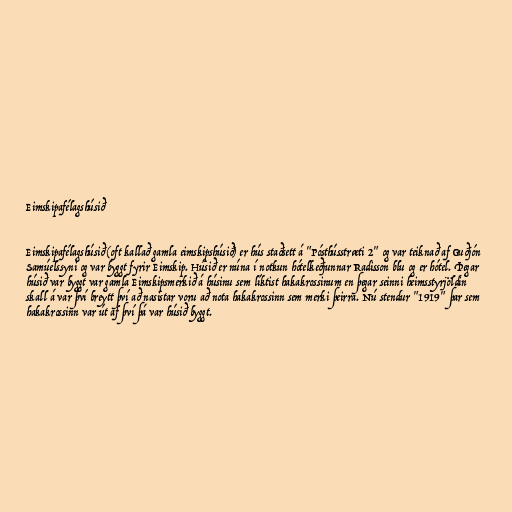
Eimskipafélagshúsið

Eimskipafélagshúsið (oft kallað gamla eimskipshúsið) er hús staðsett á "Pósthússtræti 2" og var teiknað af Guðjón
Samúelssyni og var byggt fyrir Eimskip. Húsið er núna í notkun hótelkeðjunnar Radisson blu og er hótel. Þegar
húsið var byggt var gamla Eimskipsmerkið á húsinu sem líktist hakakrossinum en þegar seinni heimsstyrjöldin
skall á var því breytt því að nasistar voru að nota hakakrossinn sem merki þeirra. Nú stendur "1919" þar sem
hakakrossinn var út af því þá var húsið byggt.